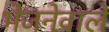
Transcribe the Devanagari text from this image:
भेजनेवाले